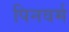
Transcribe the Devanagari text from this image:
पिनवर्म